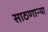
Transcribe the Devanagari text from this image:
साठणाऱ्या